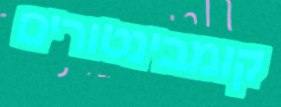
קומבינטורים